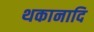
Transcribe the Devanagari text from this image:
थकानादि